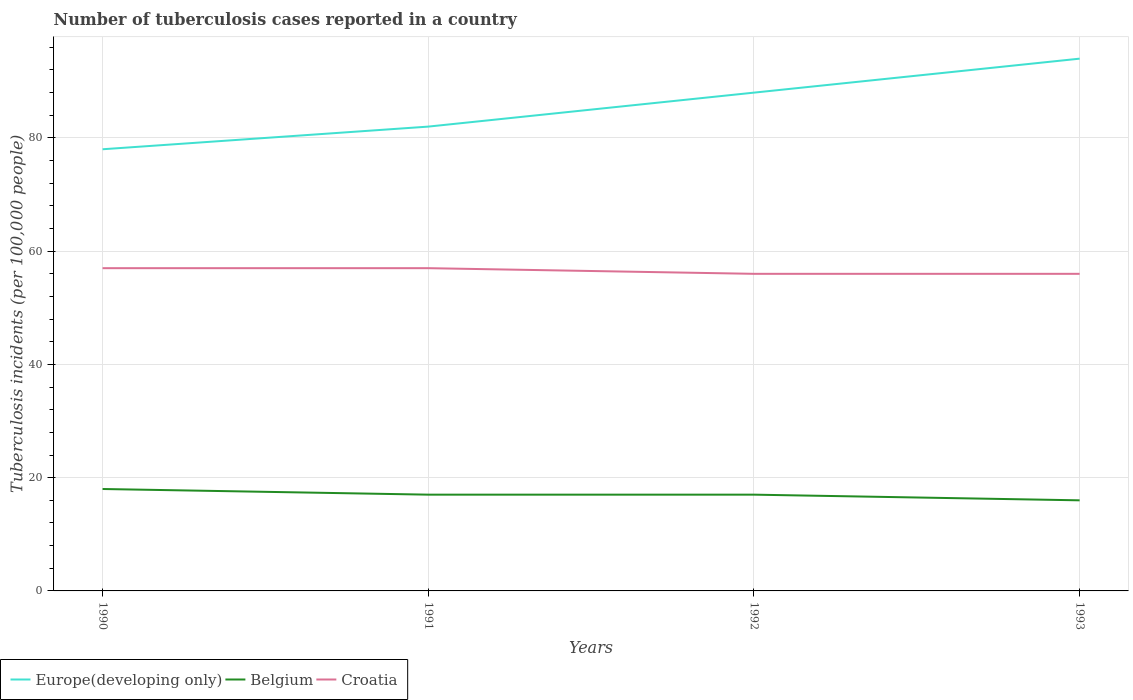
| Years | Europe(developing only) | Belgium | Croatia |
 | --- | --- | --- | --- |
 | 1990 | 78 | 18 | 57 |
 | 1991 | 82 | 17 | 57 |
 | 1992 | 88 | 17 | 56 |
 | 1993 | 94 | 16 | 56 |